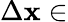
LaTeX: \Delta\mathbf{x}\in